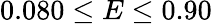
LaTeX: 0.080\leq E\leq 0.90